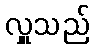
လှူသည်